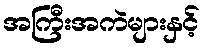
အကြီးအကဲများနှင့်